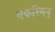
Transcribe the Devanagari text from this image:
एकस्मिन्